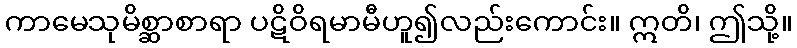
ကာမေသုမိစ္ဆာစာရာ ပဋိဝိရမာမီဟူ၍လည်းကောင်း။ ဣတိ၊ ဤသို့။